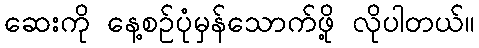
ဆေးကို နေ့စဉ်ပုံမှန်သောက်ဖို့ လိုပါတယ်။